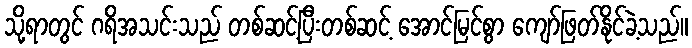
သို့ရာတွင် ဂရိအသင်းသည် တစ်ဆင့်ပြီးတစ်ဆင့် အောင်မြင်စွာ ကျော်ဖြတ်နိုင်ခဲ့သည်။